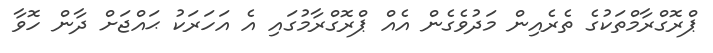
ޕްރޮގްރާމްތަކުގެ ތެރެއިން މަދުވެގެން އެއް ޕްރޮގްރާމުގައި އެ އަހަރަކު ޙައްޖަށް ދާން ހޮވާ